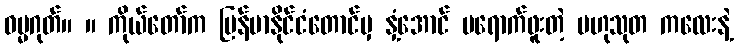
ဓမ္မဂုတ်။ ။ ကိုယ်တော်က မြန်မာနိုင်ငံတောင်မှ နှံ့အောင် မရောက်ဖူးတဲ့ ဗဟုသုတ ကလေးနဲ့